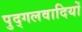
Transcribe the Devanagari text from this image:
पुद्गलवादियों